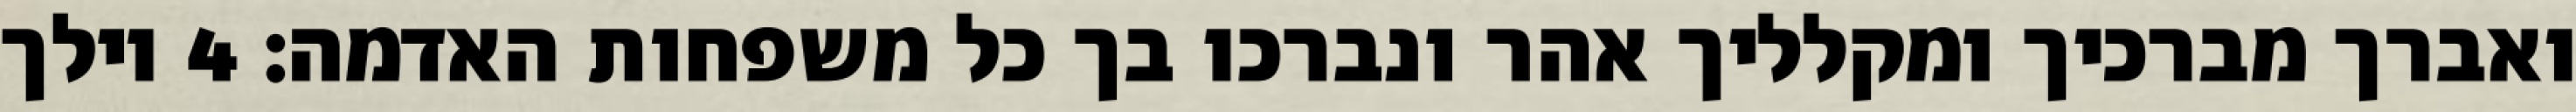
ואברך מברכיך ומקלליך אהר ונברכו בך כל משפחות האדמה׃ ‎4‏ וילך